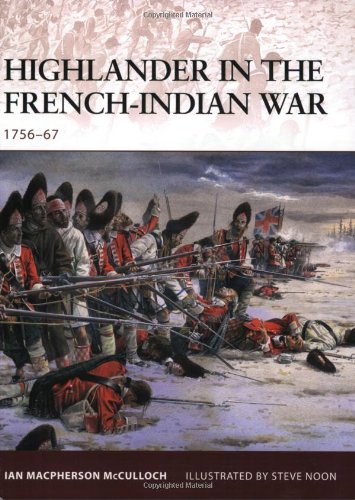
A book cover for Highlander in the French-Indian War: 1756-67 (Warrior); Ian Macpherson Mcculloch; History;